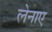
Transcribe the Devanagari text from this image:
लेनाए